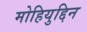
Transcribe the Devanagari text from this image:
मोहियुद्दिन